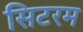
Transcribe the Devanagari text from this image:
सिटरम